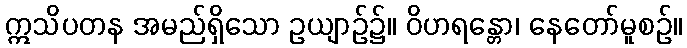
ဣသိပတန အမည်ရှိသော ဥယျာဉ်၌။ ဝိဟရန္တော၊ နေတော်မူစဉ်။